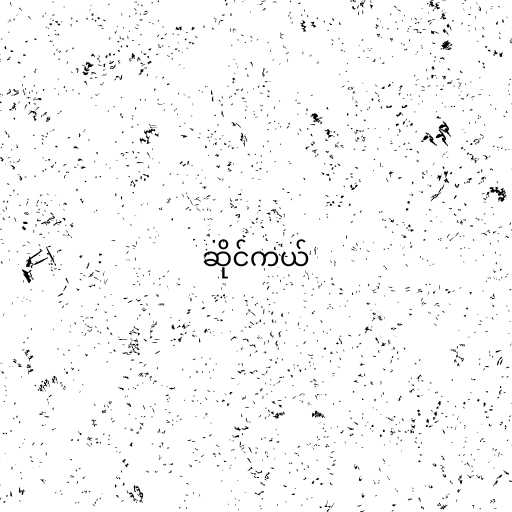
ဆိုင်ကယ်